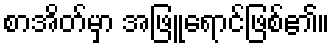
စာအိတ်မှာ အဖြူရောင်ဖြစ်၏။